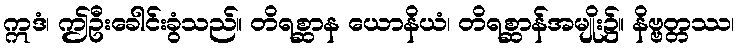
ဣဒံ၊ ဤဦးခေါင်းခွံသည်။ တိရစ္ဆာန ယောနိယံ၊ တိရစ္ဆာန်အမျိုး၌။ နိဗ္ဗတ္တဿ၊